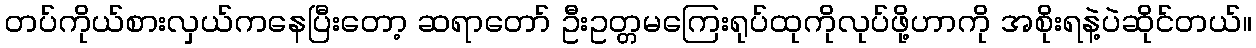
တပ်ကိုယ်စားလှယ်ကနေပြီးတော့ ဆရာတော် ဦးဥတ္တမကြေးရုပ်ထုကိုလုပ်ဖို့ဟာကို အစိုးရနဲ့ပဲဆိုင်တယ်။